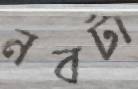
নবটা